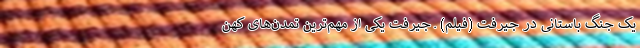
یک جنگ باستانی در جیرفت (فیلم) ـ جیرفت یکی از مهم‌ترین تمدن‌های کهن